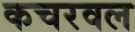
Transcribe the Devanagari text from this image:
कचरवल